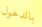
بالدخول